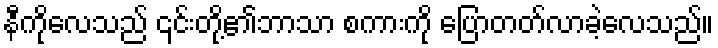
နီကိုလေသည် ၎င်းတို့၏ဘာသာ စကားကို ပြောတတ်လာခဲ့လေသည်။